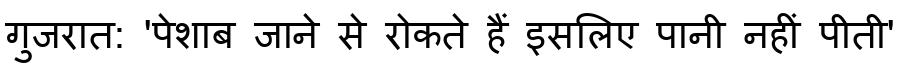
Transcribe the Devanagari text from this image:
गुजरात: 'पेशाब जाने से रोकते हैं इसलिए पानी नहीं पीती'